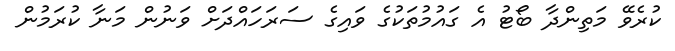
ކުރެވޭ މަތިންދާ ބޯޓު އެ ގައުމުތަކުގެ ވައިގެ ސަރަހައްދަށް ވަނުން މަނާ ކުރަމުން